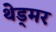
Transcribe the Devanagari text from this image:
थेड्मर